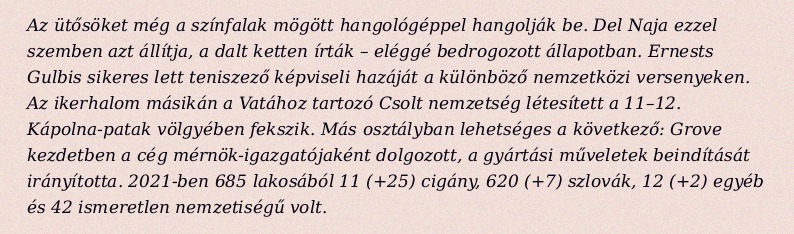
Az ütősöket még a színfalak mögött hangológéppel hangolják be. Del Naja ezzel szemben azt állítja, a dalt ketten írták – eléggé bedrogozott állapotban. Ernests Gulbis sikeres lett teniszező képviseli hazáját a különböző nemzetközi versenyeken. Az ikerhalom másikán a Vatához tartozó Csolt nemzetség létesített a 11–12. Kápolna-patak völgyében fekszik. Más osztályban lehetséges a következő: Grove kezdetben a cég mérnök-igazgatójaként dolgozott, a gyártási műveletek beindítását irányította. 2021-ben 685 lakosából 11 (+25) cigány, 620 (+7) szlovák, 12 (+2) egyéb és 42 ismeretlen nemzetiségű volt.